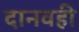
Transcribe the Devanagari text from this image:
दानवही